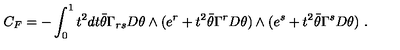
C _ { F } = - \int _ { 0 } ^ { 1 } t ^ { 2 } d t { \bar { \theta } } \Gamma _ { r s } D \theta \wedge ( e ^ { r } + t ^ { 2 } \bar { \theta } \Gamma ^ { r } D \theta ) \wedge ( e ^ { s } + t ^ { 2 } \bar { \theta } \Gamma ^ { s } D \theta ) \ .